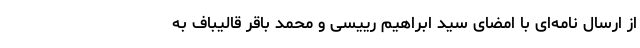
از ارسال نامه‌ای با امضای سید ابراهیم رییسی و محمد باقر قالیباف به